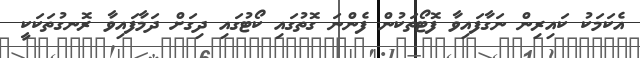
އެކަމަކު ކައިރިން ނަގާފައިވާ ފޮޓޯތަކުން ފެންނަ ގޮތުގައި ކޯޓުގައި ދިގަށް ދަމާފައިވާ ރޮނގުތަކަކީ